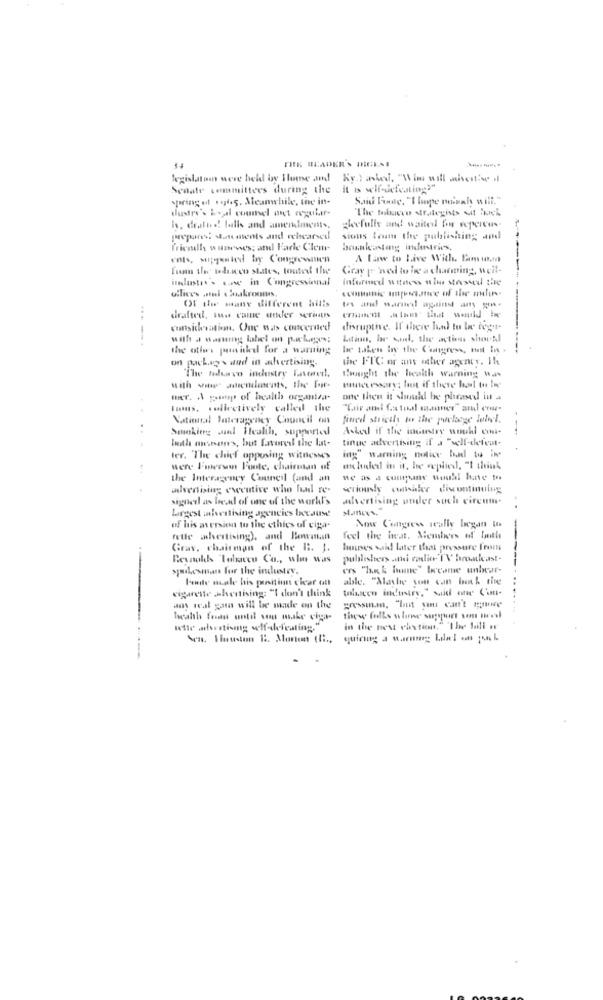
THE READER'S INGEN!
legislation were held by Home and Ky.) asked, "Wim will misentisp .
Senate committees during the it is self-defeating?".
spring of 1965. Meanwhile, the int-
Said Finde, "I hope naimal will."
dustry's boyal counsel ant regular-
The folievo strategists Sif iek
h. draled! falls and amendments,
gleefulls and waited for repercus
prepares! Man ments and rehearsed
sions trum the publishing and
Trienalh wanewes; and Parle Clem-
ents, mijgested by Congrewmien
A law to Live With. Bow man
Vienn the tedwco states, touted the
Gray - wed to be a channing, weil-
ilustr's ine in Congressional
informed witness wine stressed che
offices and Suakroons,
Of the many different hills
drafted, mas came andler serintrs
consichrationn. One was concerned
disruptive. If avere land to be tega-
with a warming label on packages;
Lation, he whel, the actions shorAl
the others pusithe for a warning
be taken hry the Congress, test In .
on packag's and in advertising.
the FIC or any other agency. Its
The teduwvo industry Fasemed.
thought the health warning w ...
with wi endlmemts, the for-
www essorys hot if there bol to In
Hier. A purp of health organiza-
one then it should be pleased in 4
Tions, collectively called the
National Interagency Council on
fined strictly to the puclosge lolol.
Smoking and Health, supported
Asked if the industry wohl chi-
loath onssanne's, but favores the lat-
tinue advertising if a "self-defeat-
ing" warning notice bad to in
ter. "The chief opposing witnesses
were Fmersem Fonte, chairman of
eluded in it, he replied, "I think
the Interagency Council (and an
ne as a company would! have to
advertising ewcutive who had re-
seriously contaler discontinuing
signerl as bed of one of the workl's
advertising under such circum-
stamces."
largest bestising agencies Ixcause
of his aversion to the ethics of ciga-
Now Congress really began to
felle whertising), and Bowman
feel the iwat. Members of Inthe
Grav, chairman of the R. J.
houses said later that pressure from
Reynolds Tobacco Co ., who was
publishers ani radio TV bronkeast-
spokesman for the industry.
ers "harck fame" tocome unbear-
Fonte miale his panitinn clear utt
able. "Mathe you can back the
tolicen industry," said one Cama-
cigarette .sherising: "I don't think
....
ans weal gam will be made on the
=messim, "but you can't age
Wealth Frutas until som make ciga-
wtte advertising self-defeating."
in the nest chxtien." "The ball .
quicing a warmes Lilacl on 144 L